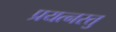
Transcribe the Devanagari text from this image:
प्रयत्नस्तु